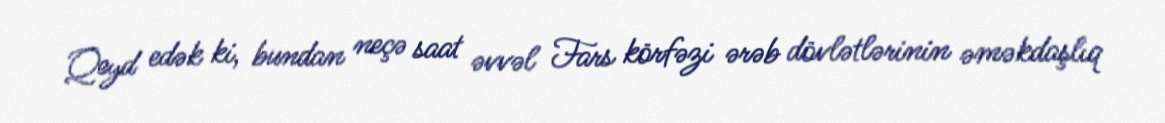
Qeyd edək ki, bundan neçə saat əvvəl Fars körfəzi ərəb dövlətlərinin əməkdaşlıq